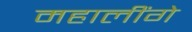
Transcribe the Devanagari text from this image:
महालींगे